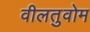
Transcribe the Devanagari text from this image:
वीलतुवोम